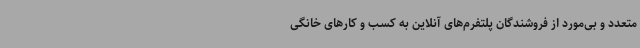
متعدد و بی‌مورد از فروشندگان پلتفرم‌های آنلاین به کسب و کارهای خانگی